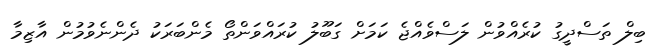
ބިލް ތަސްދީގު ކުރެއްވުން ލަސްވެއްޖެ ކަމަށް ގަބޫލު ކުރައްވަންތޯ މެންބަރަކު ދެންނެވުމުން އާޒިމާ